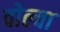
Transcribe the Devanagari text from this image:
वोल्वा